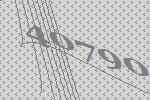
40790